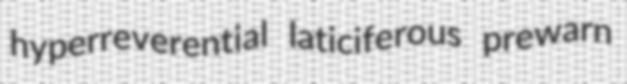
hyperreverential laticiferous prewarn